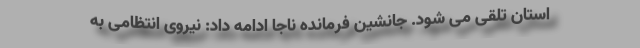
استان تلقی می شود. جانشین فرمانده ناجا ادامه داد: نیروی انتظامی به